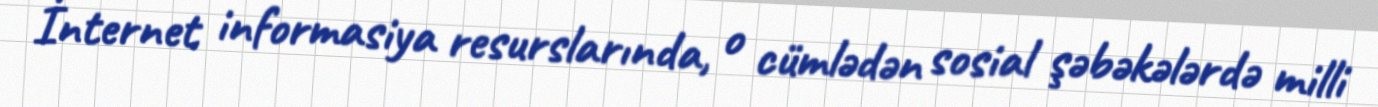
İnternet informasiya resurslarında, o cümlədən sosial şəbəkələrdə milli